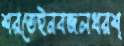
শরতেইনবজলধরশ্